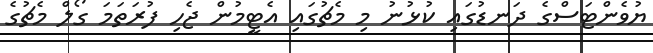
ޔުވެންޓަސްގެ ދަނޑުގައި ކުޅުނު މި މެޗުގައި އެޓީމުން ޖެހި ފުރަތަމަ ގޯލް މެޗުގެ